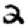
Digit: 2